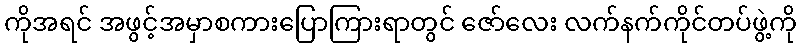
ကိုအရင် အဖွင့်အမှာစကားပြောကြားရာတွင် ဇော်လေး လက်နက်ကိုင်တပ်ဖွဲ့ကို